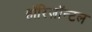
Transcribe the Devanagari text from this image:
हॉरिज़ॉन्टल